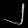
Digit: ၂